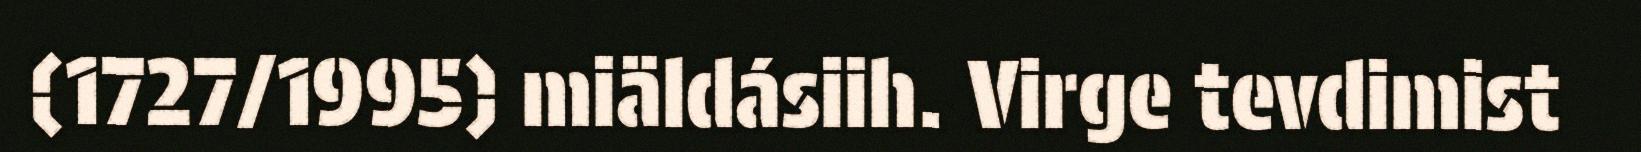
(1727/1995) miäldásiih. Virge tevdimist